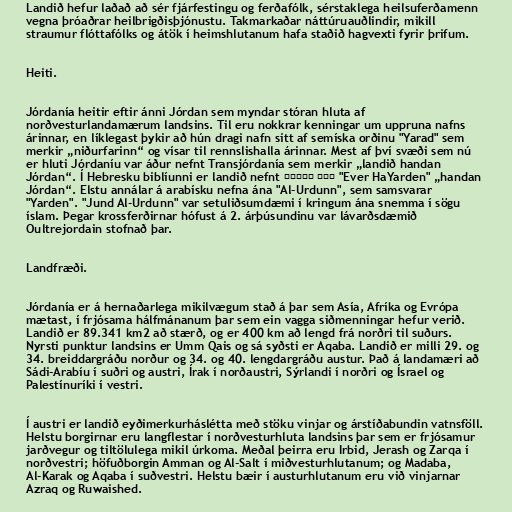
Landið hefur laðað að sér fjárfestingu og ferðafólk, sérstaklega heilsuferðamenn
vegna þróaðrar heilbrigðisþjónustu. Takmarkaðar náttúruauðlindir, mikill
straumur flóttafólks og átök í heimshlutanum hafa staðið hagvexti fyrir þrifum.

Heiti.

Jórdanía heitir eftir ánni Jórdan sem myndar stóran hluta af
norðvesturlandamærum landsins. Til eru nokkrar kenningar um uppruna nafns
árinnar, en líklegast þykir að hún dragi nafn sitt af semíska orðinu "Yarad" sem
merkir „niðurfarinn“ og vísar til rennslishalla árinnar. Mest af því svæði sem nú
er hluti Jórdaníu var áður nefnt Transjórdanía sem merkir „landið handan
Jórdan“. Í Hebresku biblíunni er landið nefnt עבר הירדן "Ever HaYarden" „handan
Jórdan“. Elstu annálar á arabísku nefna ána "Al-Urdunn", sem samsvarar
"Yarden". "Jund Al-Urdunn" var setuliðsumdæmi í kringum ána snemma í sögu
íslam. Þegar krossferðirnar hófust á 2. árþúsundinu var lávarðsdæmið
Oultrejordain stofnað þar.

Landfræði.

Jórdanía er á hernaðarlega mikilvægum stað á þar sem Asía, Afríka og Evrópa
mætast, í frjósama hálfmánanum þar sem ein vagga siðmenningar hefur verið.
Landið er 89.341 km2 að stærð, og er 400 km að lengd frá norðri til suðurs.
Nyrsti punktur landsins er Umm Qais og sá syðsti er Aqaba. Landið er milli 29. og
34. breiddargráðu norður og 34. og 40. lengdargráðu austur. Það á landamæri að
Sádi-Arabíu í suðri og austri, Írak í norðaustri, Sýrlandi í norðri og Ísrael og
Palestínuríki í vestri.

Í austri er landið eyðimerkurháslétta með stöku vinjar og árstíðabundin vatnsföll.
Helstu borgirnar eru langflestar í norðvesturhluta landsins þar sem er frjósamur
jarðvegur og tiltölulega mikil úrkoma. Meðal þeirra eru Irbid, Jerash og Zarqa í
norðvestri; höfuðborgin Amman og Al-Salt í miðvesturhlutanum; og Madaba,
Al-Karak og Aqaba í suðvestri. Helstu bæir í austurhlutanum eru við vinjarnar
Azraq og Ruwaished.